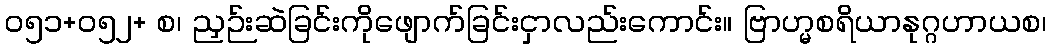
ဝ၅၁+၀၅၂+ စ၊ ညှဉ်းဆဲခြင်းကိုဖျောက်ခြင်းငှာလည်းကောင်း။ ဗြာဟ္မစရိယာနုဂ္ဂဟာယစ၊